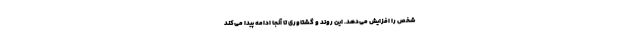
شخص را افزایش می‌دهد. این روند و گشتاوری تا آنجا ادامه پیدا می‌کند